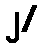
၂/